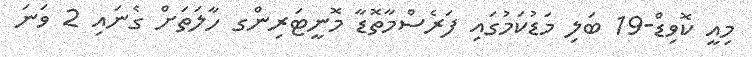
މިއީ ކޮވިޑް-19 ބަލި މަޑުކަމުގައި ފަރެސްމާތޮޑާ މޮނީޓަރިންގ ހާލަތަށް ގެނައި 2 ވަނަ